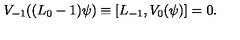
V _ { - 1 } ( ( L _ { 0 } - 1 ) \psi ) \equiv [ L _ { - 1 } , V _ { 0 } ( \psi ) ] = 0 .